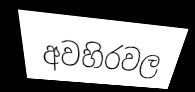
අවහිරවල